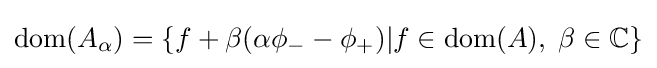
\operatorname {dom} (A_{\alpha })=\{f+\beta (\alpha \phi _{-}-\phi _{+})|f\in \operatorname {dom} (A),\;\beta \in \mathbb {C} \}